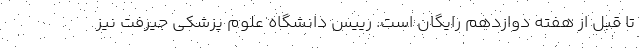
تا قبل از هفته دوازدهم رایگان است. رییس دانشگاه علوم پزشکی جیرفت نیز